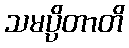
သမပ္ပိတာတိ